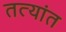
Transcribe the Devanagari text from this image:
तत्यांत